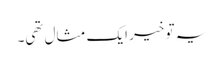
یہ تو خیر ایک مثال تھی۔